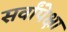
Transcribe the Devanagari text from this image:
सर्वांपेक्षा